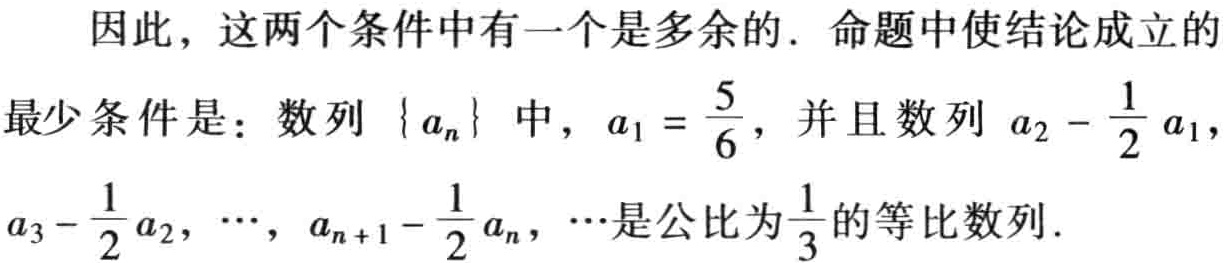
因此，这两个条件中有一个是多余的．命题中使结论成立的
最少条件是：数列\(\{ a_{n}\}\)中，\(a_{1}=\frac{5}{6}\)，并且数列\(a_{2}-\frac{1}{2}a_{1}\)，
\(a_{3}-\frac{1}{2}a_{2},\cdots,a_{n + 1}-\frac{1}{2}a_{n},\cdots\)是公比为\(\frac{1}{3}\)的等比数列．